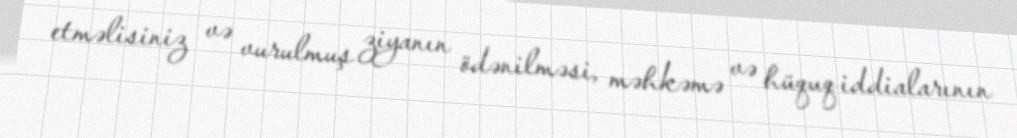
etməlisiniz və vurulmuş ziyanın ödənilməsi, məhkəmə və hüquq iddialarının